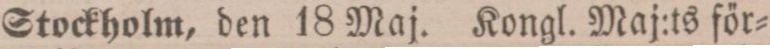
Stockholm, den 18 Maj. Kongl. Maj:ts för=